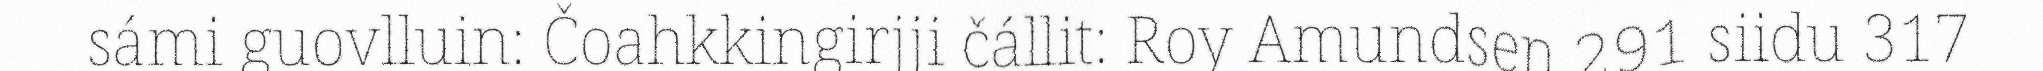
sámi guovlluin: Čoahkkingirjji čállit: Roy Amundsen 291 siidu 317